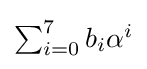
\textstyle \sum _{i=0}^{7}b_{i}\alpha ^{i}